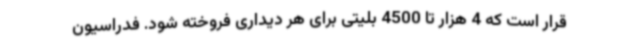
قرار است که 4 هزار تا 4500 بلیتی برای هر دیداری فروخته شود. فدراسیون